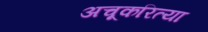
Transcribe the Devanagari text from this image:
अचूकरित्या